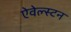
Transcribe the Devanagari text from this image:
ऐवेल्स्टन